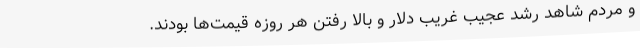
و مردم شاهد رشد عجیب غریب دلار و بالا رفتن هر روزه قیمت‌ها بودند.